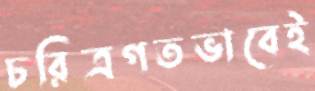
চরিত্রগতভাবেই